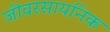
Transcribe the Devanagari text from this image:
जीवरसायनिक